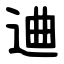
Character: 䢗